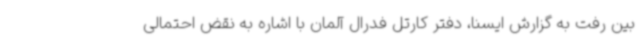
بین رفت به گزارش ایسنا، دفتر کارتل فدرال آلمان با اشاره به نقض احتمالی